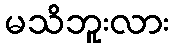
မသိဘူးလား